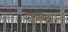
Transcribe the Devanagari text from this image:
सुसंस्कॄत